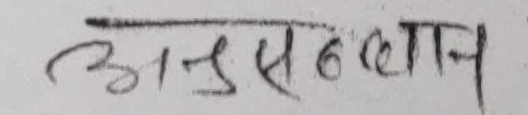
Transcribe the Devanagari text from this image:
अनुसन्धान